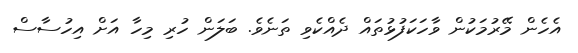
އެހެން މޭރުމަކުން ވާހަކަފުޅުތައް ދެއްކެވި ތަނެވެ. ބަލަން ހުރި މިހާ އަށް އިހުސާސް